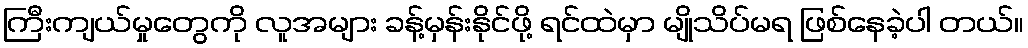
ကြီးကျယ်မှုတွေကို လူအများ ခန့်မှန်းနိုင်ဖို့ ရင်ထဲမှာ မျိုသိပ်မရ ဖြစ်နေခဲ့ပါ တယ်။